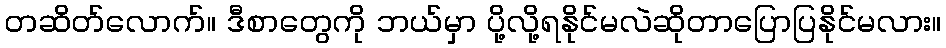
တဆိတ်လောက်။ ဒီစာတွေကို ဘယ်မှာ ပို့လို့ရနိုင်မလဲဆိုတာပြောပြနိုင်မလား။